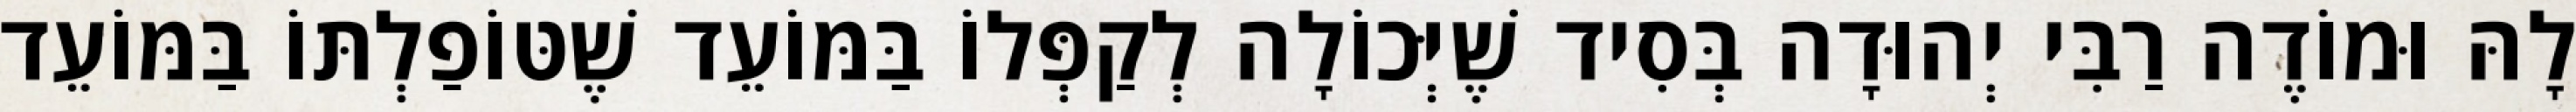
לָהּ וּמוֹדֶה רַבִּי יְהוּדָה בְּסִיד שֶׁיְּכוֹלָה לְקַפְּלוֹ בַּמּוֹעֵד שֶׁטּוֹפַלְתּוֹ בַּמּוֹעֵד